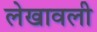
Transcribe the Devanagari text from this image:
लेखावली